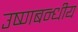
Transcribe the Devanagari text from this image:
उष्णबन्धीय